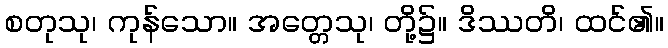
စတုသု၊ ကုန်သော။ အတ္တေသု၊ တို့၌။ ဒိဿတိ၊ ထင်၏။